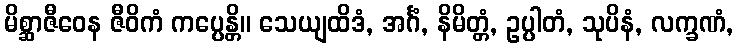
မိစ္ဆာဇီဝေန ဇီဝိကံ ကပ္ပေန္တိ။ သေယျထိဒံ, အင်္ဂံ, နိမိတ္တံ, ဥပ္ပါတံ, သုပိနံ, လက္ခဏံ,